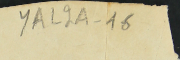
YAL2A-16